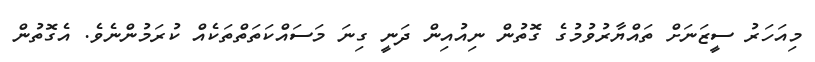
މިއަހަރު ސީޒަނަށް ތައްޔާރުވުމުގެ ގޮތުން ނިއުއިން ދަނީ ގިނަ މަސައްކަތަތްތަކެއް ކުރަމުންނެވެ. އެގޮތުން